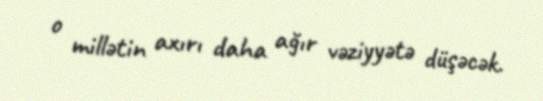
o millətin axırı daha ağır vəziyyətə düşəcək.